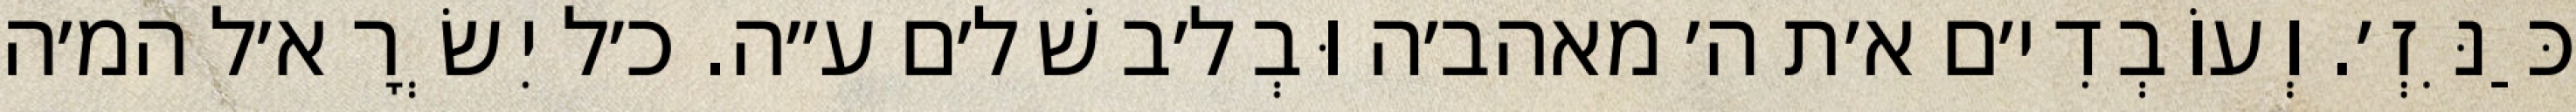
כַּנִּזְ׳. וְעוֹבְדִי׳ם א׳ת ה׳ מאהב׳ה וּבְל׳ב שׁל׳ם ע״ה. כ׳ל יִשְׂרָא׳ל המ׳ה